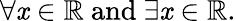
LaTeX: \forall\mathit{x}\in\mathbb{{R}}{\mathrm{{~and~}}}\exists\mathit{x}\in\mathbb{{R}}.